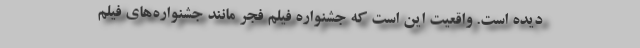
دیده است. واقعیت این است که جشنواره فیلم فجر مانند جشنواره‌های فیلم